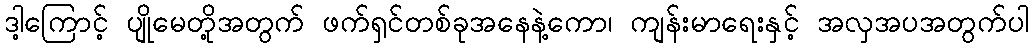
ဒါ့ကြောင့် ပျိုမေတို့အတွက် ဖက်ရှင်တစ်ခုအနေနဲ့ကော၊ ကျန်းမာရေးနှင့် အလှအပအတွက်ပါ